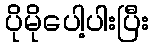
ပိုမိုပေါ့ပါးပြီး